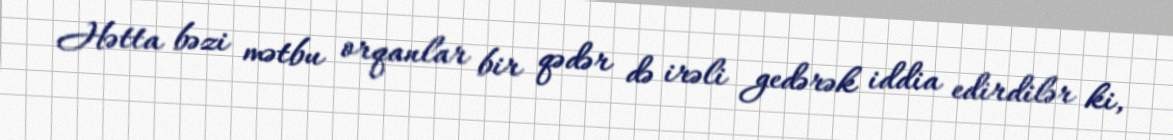
Hətta bəzi mətbu orqanlar bir qədər də irəli gedərək iddia edirdilər ki,